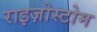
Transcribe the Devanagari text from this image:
राइज़ोस्टोम